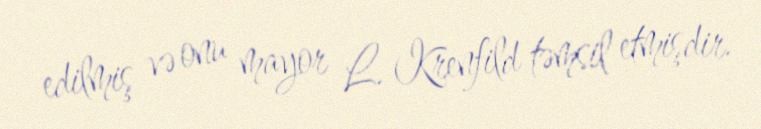
edilmiş və onu mayor L. Krenfild təmsil etmişdir.